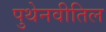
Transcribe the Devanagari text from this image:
पुथेनवीतिल